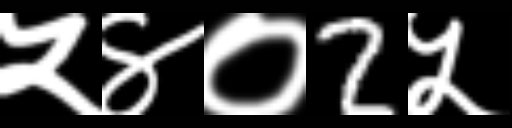
Text: ५४०2५